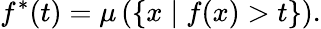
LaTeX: f^{*}(t)=\mu\left(\{ x\mid f(x)>t\} \right).